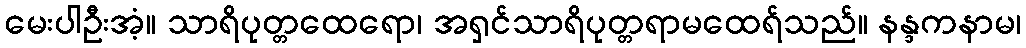
မေးပါဦးအံ့။ သာရိပုတ္တထေရော၊ အရှင်သာရိပုတ္တရာမထေရ်သည်။ နန္ဒကနာမ၊